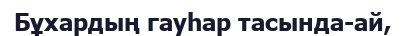
Бұхардың гауһар тасында-ай,